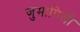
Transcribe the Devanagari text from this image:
जुमापिली